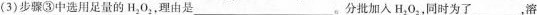
(3)步骤③中选用足量的H_{2}0_{2}，理由是___。分批加入H_{2}0_{2}，同时为了___，溶